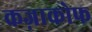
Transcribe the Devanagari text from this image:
कज़ाकोफ